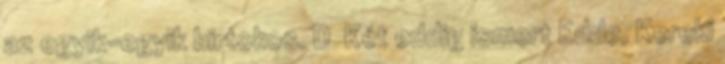
az egyik-egyik birtokos. D Két eddig ismert Edde, Kereki